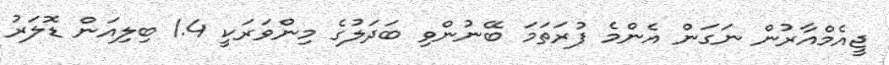
ޖީއެމްއާރުން ނަގަން އެންމެ ފުރަތަމަ ބޭނުންވި ބަދަލުގެ މިންވަރަކީ 1.4 ބިލިއަން ޑޮލަރު